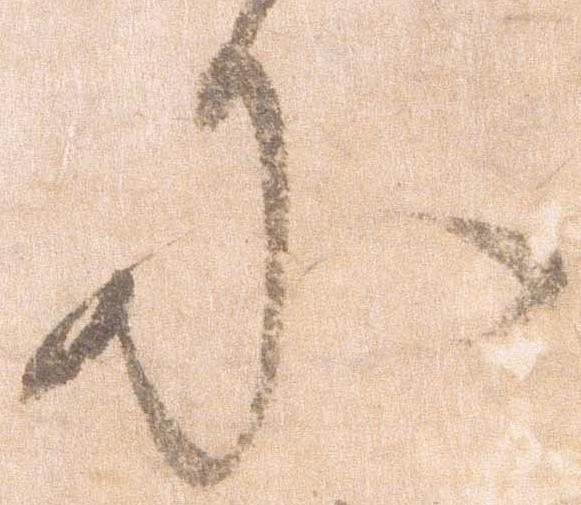
に